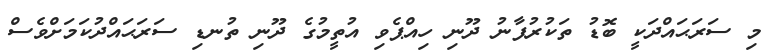
މި ސަރަޙައްދަކީ ބޮޑު ތަކުރުފާނު ދޫނި ހިއްޕެވި އުތީމުގެ ދޫނި ތުނޑި ސަރަޙައްދުކަމަށްވެސް